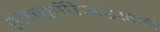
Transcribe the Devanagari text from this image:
शेक्सपिअरनेही